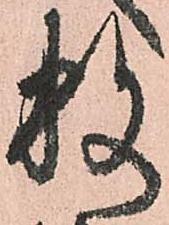
数